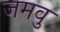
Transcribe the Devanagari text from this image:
जमवु